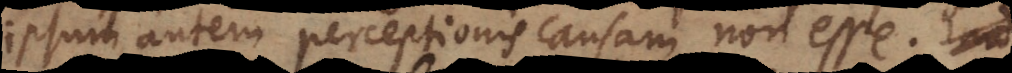
ipsum autem perceptionis causam non esse.